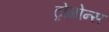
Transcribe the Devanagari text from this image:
ट्रोगोन्स